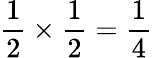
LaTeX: {\frac{1}{2}}\times{\frac{1}{2}}={\frac{1}{4}}